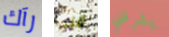
رآك أنني يشرفني